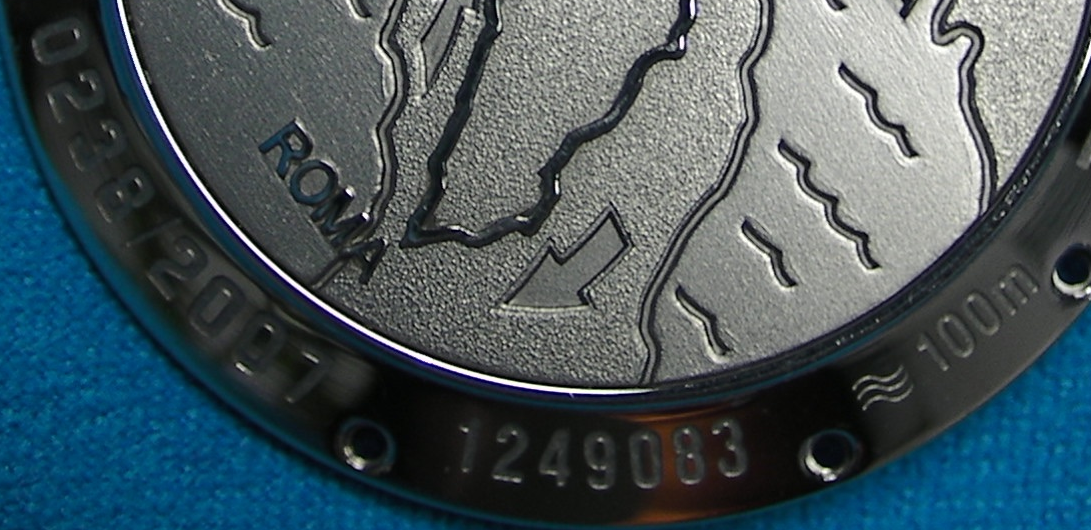
0238/2007 1249083 100m